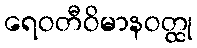
ရေဝတီဝိမာနဝတ္ထု